Document type: Grant of rights
Year: 1254
Scribe: Jaume de Port
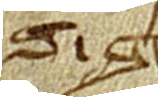
Sig